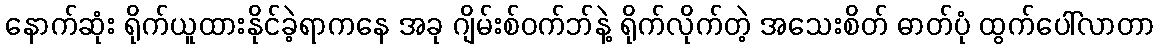
နောက်ဆုံး ရိုက်ယူထားနိုင်ခဲ့ရာကနေ အခု ဂျိမ်းစ်ဝက်ဘ်နဲ့ ရိုက်လိုက်တဲ့ အသေးစိတ် ဓာတ်ပုံ ထွက်ပေါ်လာတာ